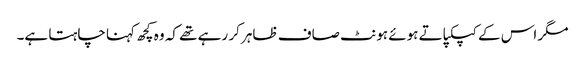
مگر اس کے کپکپاتے ہوئے ہونٹ صاف ظاہر کر رہے تھے کہ وہ کچھ کہنا چاہتا ہے۔